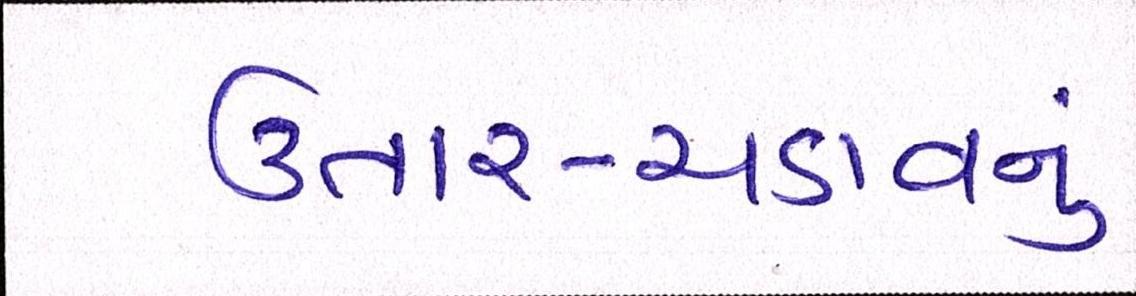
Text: ઉતાર-ચડાવનું